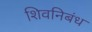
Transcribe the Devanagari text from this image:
शिवनिबंध